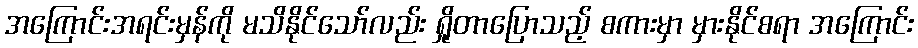
အကြောင်းအရင်းမှန်ကို မသိနိုင်သော်လည်း ရှိုတာပြောသည့် စကားမှာ မှားနိုင်စရာ အကြောင်း